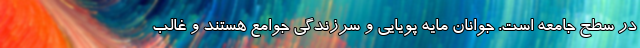
در سطح جامعه است. جوانان مایه پویایی و سرزندگی جوامع هستند و غالب